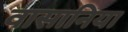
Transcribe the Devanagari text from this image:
वासानिया